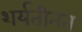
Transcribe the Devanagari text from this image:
शर्यतीतत